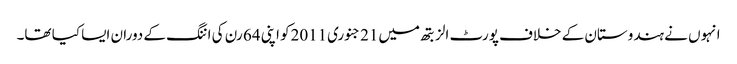
انہوں نے ہندوستان کے خلاف پورٹ الزبتھ میں21 جنوری2011کو اپنی 64 رن کی اننگ کے دوران ایسا کیا تھا۔